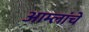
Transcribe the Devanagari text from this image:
आम्लांचे